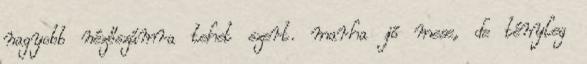
nagyobb nézőszámra tehet szert. marha jó mese, de tényleg